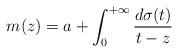
LaTeX: \begin{align*}m(z) = a+\int_{0}^{+\infty} \frac{d\sigma(t)}{t-z}\end{align*}